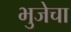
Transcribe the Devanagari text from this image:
भुजेचा